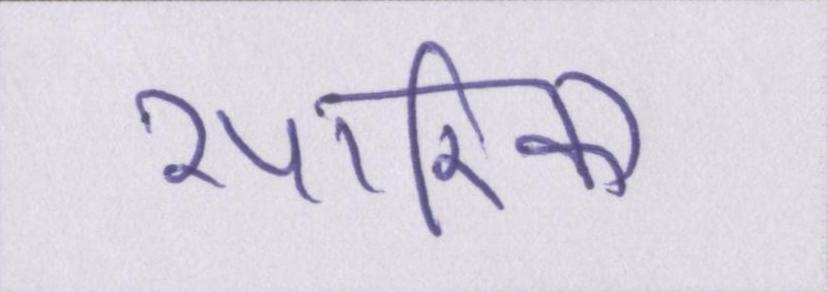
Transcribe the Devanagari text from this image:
सारिका